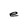
Character: e